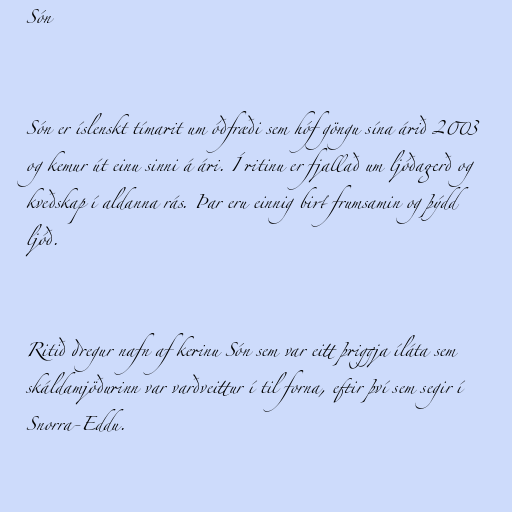
Són

Són er íslenskt tímarit um óðfræði sem hóf göngu sína árið 2003
og kemur út einu sinni á ári. Í ritinu er fjallað um ljóðagerð og
kveðskap í aldanna rás. Þar eru einnig birt frumsamin og þýdd
ljóð.

Ritið dregur nafn af kerinu Són sem var eitt þriggja íláta sem
skáldamjöðurinn var varðveittur í til forna, eftir því sem segir í
Snorra-Eddu.